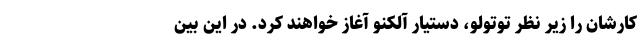
کارشان را زیر نظر توتولو، دستیار آلکنو آغاز خواهند کرد. در این بین